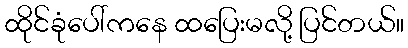
ထိုင်ခုံပေါ်ကနေ ထပြေးမလို့ ပြင်တယ်။